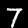
Digit: 7